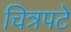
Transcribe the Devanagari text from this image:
चित्रपटे